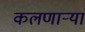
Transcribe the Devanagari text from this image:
कलणाऱ्या